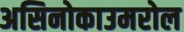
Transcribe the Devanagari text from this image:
असिनोकाउमरोल